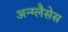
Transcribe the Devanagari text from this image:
अन्ग्लैसेस